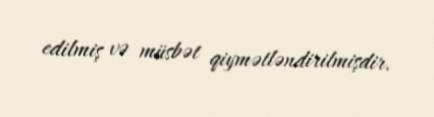
edilmiş və müsbət qiymətləndirilmişdir.